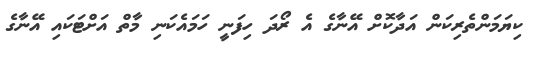
ކިޔަމަންތެރިކަން އަދާކޮށް އޭނާގެ އެ ރޯދަ ހިފަނީ ހަމައެކަނި މާތް އަށްޓަކައި އޭނާގެ